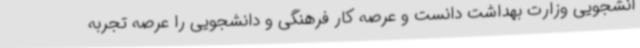
انشجویی وزارت بهداشت دانست و عرصه کار فرهنگی و دانشجویی را عرصه تجربه